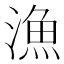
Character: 漁